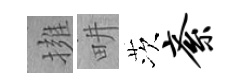
擁畊茨紊